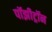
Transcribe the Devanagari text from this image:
पॉझीट्रॉन